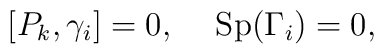
[P_k,\gamma_i]=0, \hspace{5mm} {\rm Sp}(\Gamma_i)=0,